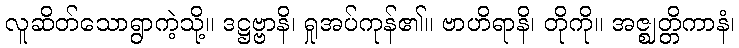
လူဆိတ်သောရွာကဲ့သို့။ ဒဋ္ဌဗ္ဗာနိ၊ ရှုအပ်ကုန်၏။ ဗာဟိရာနိ၊ တိုကို။ အဇ္ဈတ္တိကာနံ၊